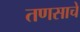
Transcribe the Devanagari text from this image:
तणसाचे